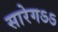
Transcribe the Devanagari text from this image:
सारेगऽऽ